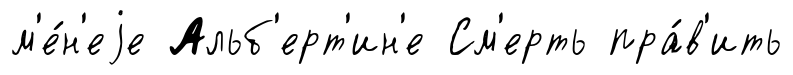
м'е́н'еjе Альб'ерт'ин'е См'ерть пра́в'ить